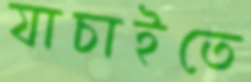
যাচাইতে